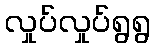
လှုပ်လှုပ်ရွရွ